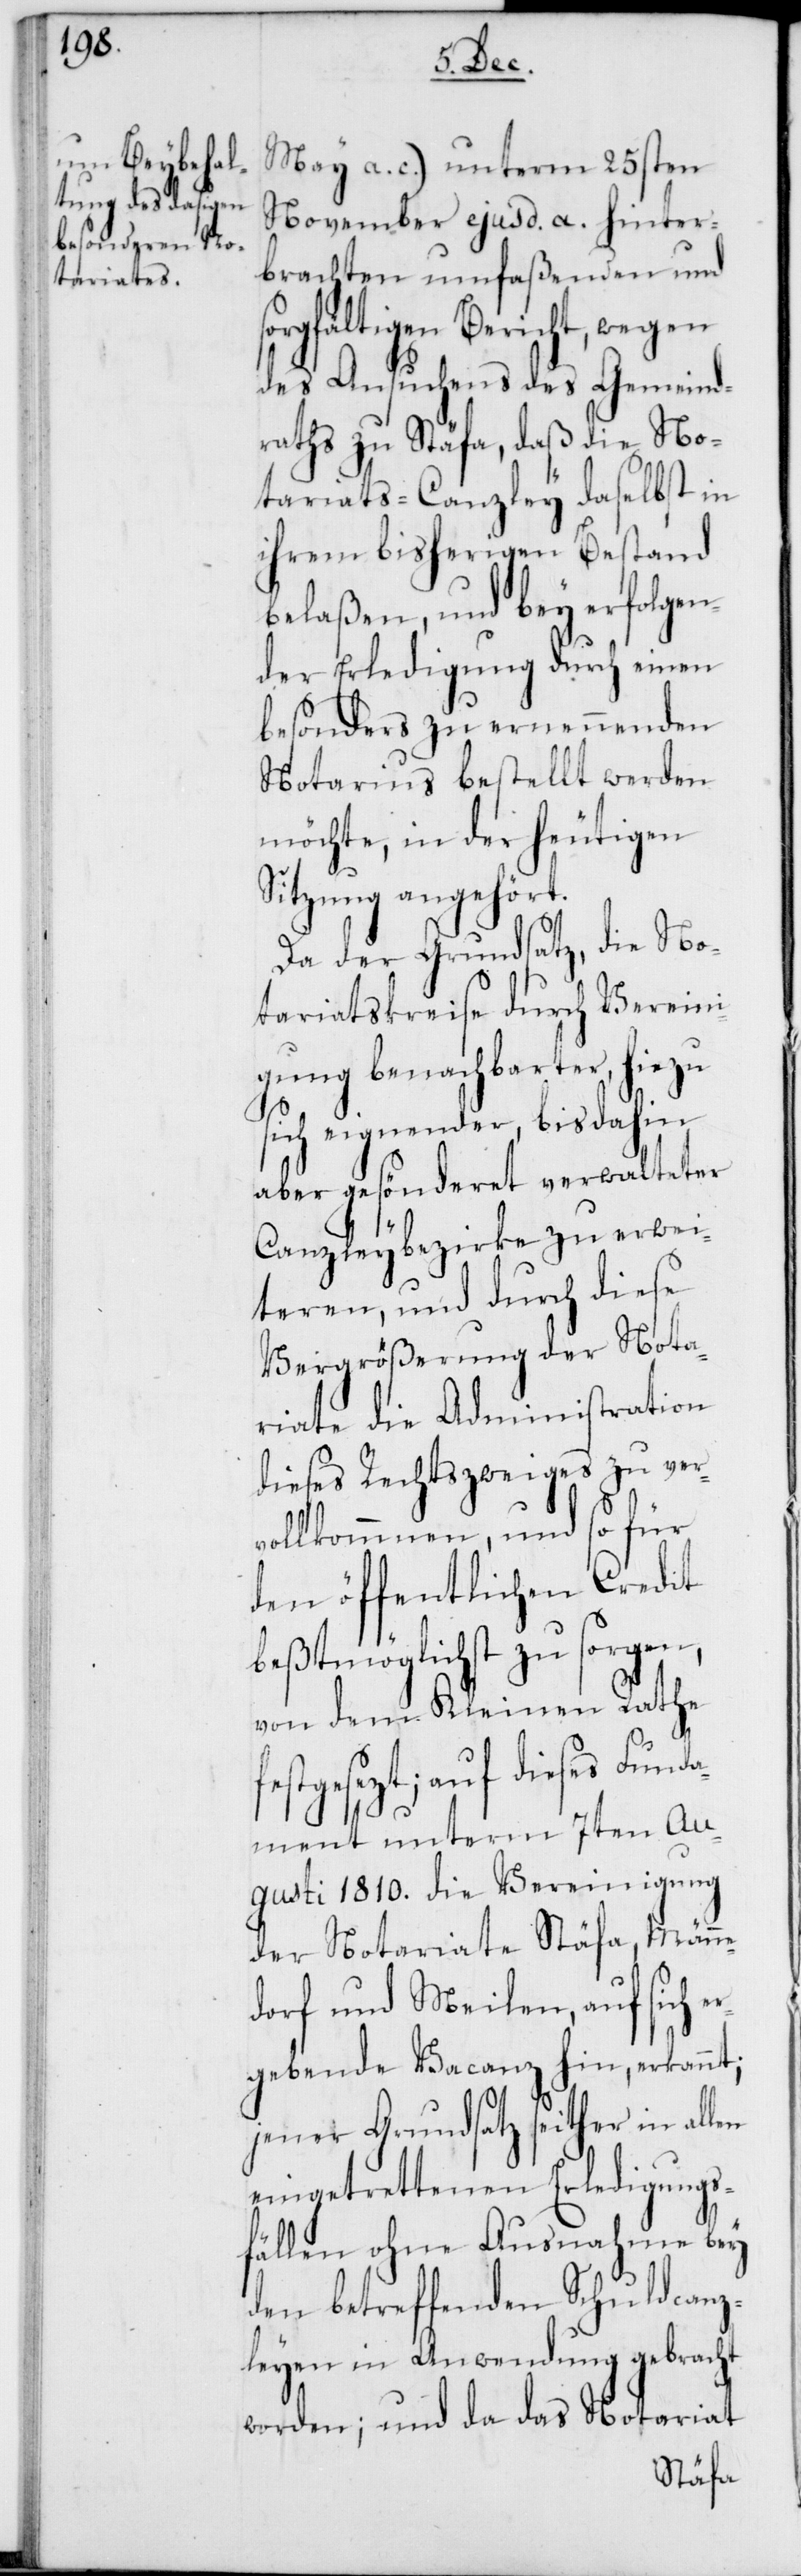
May a. c.) unterm 25sten
November ejusd. a. hinter¬
brachten umfaßenden und
sorgfältigen Bericht, wegen
des Ansuchens des Gemeind¬
raths zu Stäfa, daß die No¬
tariats-Canzley daselbst in
ihrem bisherigen Bestand
belaßen, und bey erfolgen¬
der Erledigung durch einen
besonders zu ernennenden
Notarius bestellt werden
möchte, in der heutigen
Sitzung angehört.
Da der Grundsatz, die No¬
tariatskreise durch Verein¬
igung benachbarter, hiezu
sich eignender, bis dahin
aber gesönderet verwalteter
Canzleybezirke zu erwei¬
teren, und durch diese
Vergrößerung der Nota¬
riate die Administration
dieses Rechtszweiges zu ver¬
vollkommnen, und so für
den öffentlichen Credit
beßtmöglich zu sorgen,
von dem Kleinen Rathe f¬
estgesezt, auf dieses Fund¬
ament unterm 7ten Au¬
gusti 1810. die Vereinigung
der Notariate Stäfa, Männe¬
dorf und Meilen, auf sich e¬
rgebende Vacanz hin, erkannt;
jener Grundsatz seither in
eingetrettenen Erledigungs¬
fällen ohne Ausnahme bey
den betreffenden Schuldcanz¬
leyen in Anwendung gebracht
worden; und da das Notariat